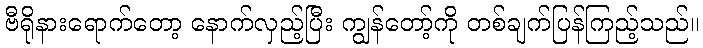
ဗီရိုနားရောက်တော့ နောက်လှည့်ပြီး ကျွန်တော့်ကို တစ်ချက်ပြန်ကြည့်သည်။